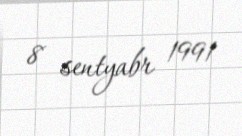
8 sentyabr 1991